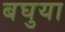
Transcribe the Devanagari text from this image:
बघुया